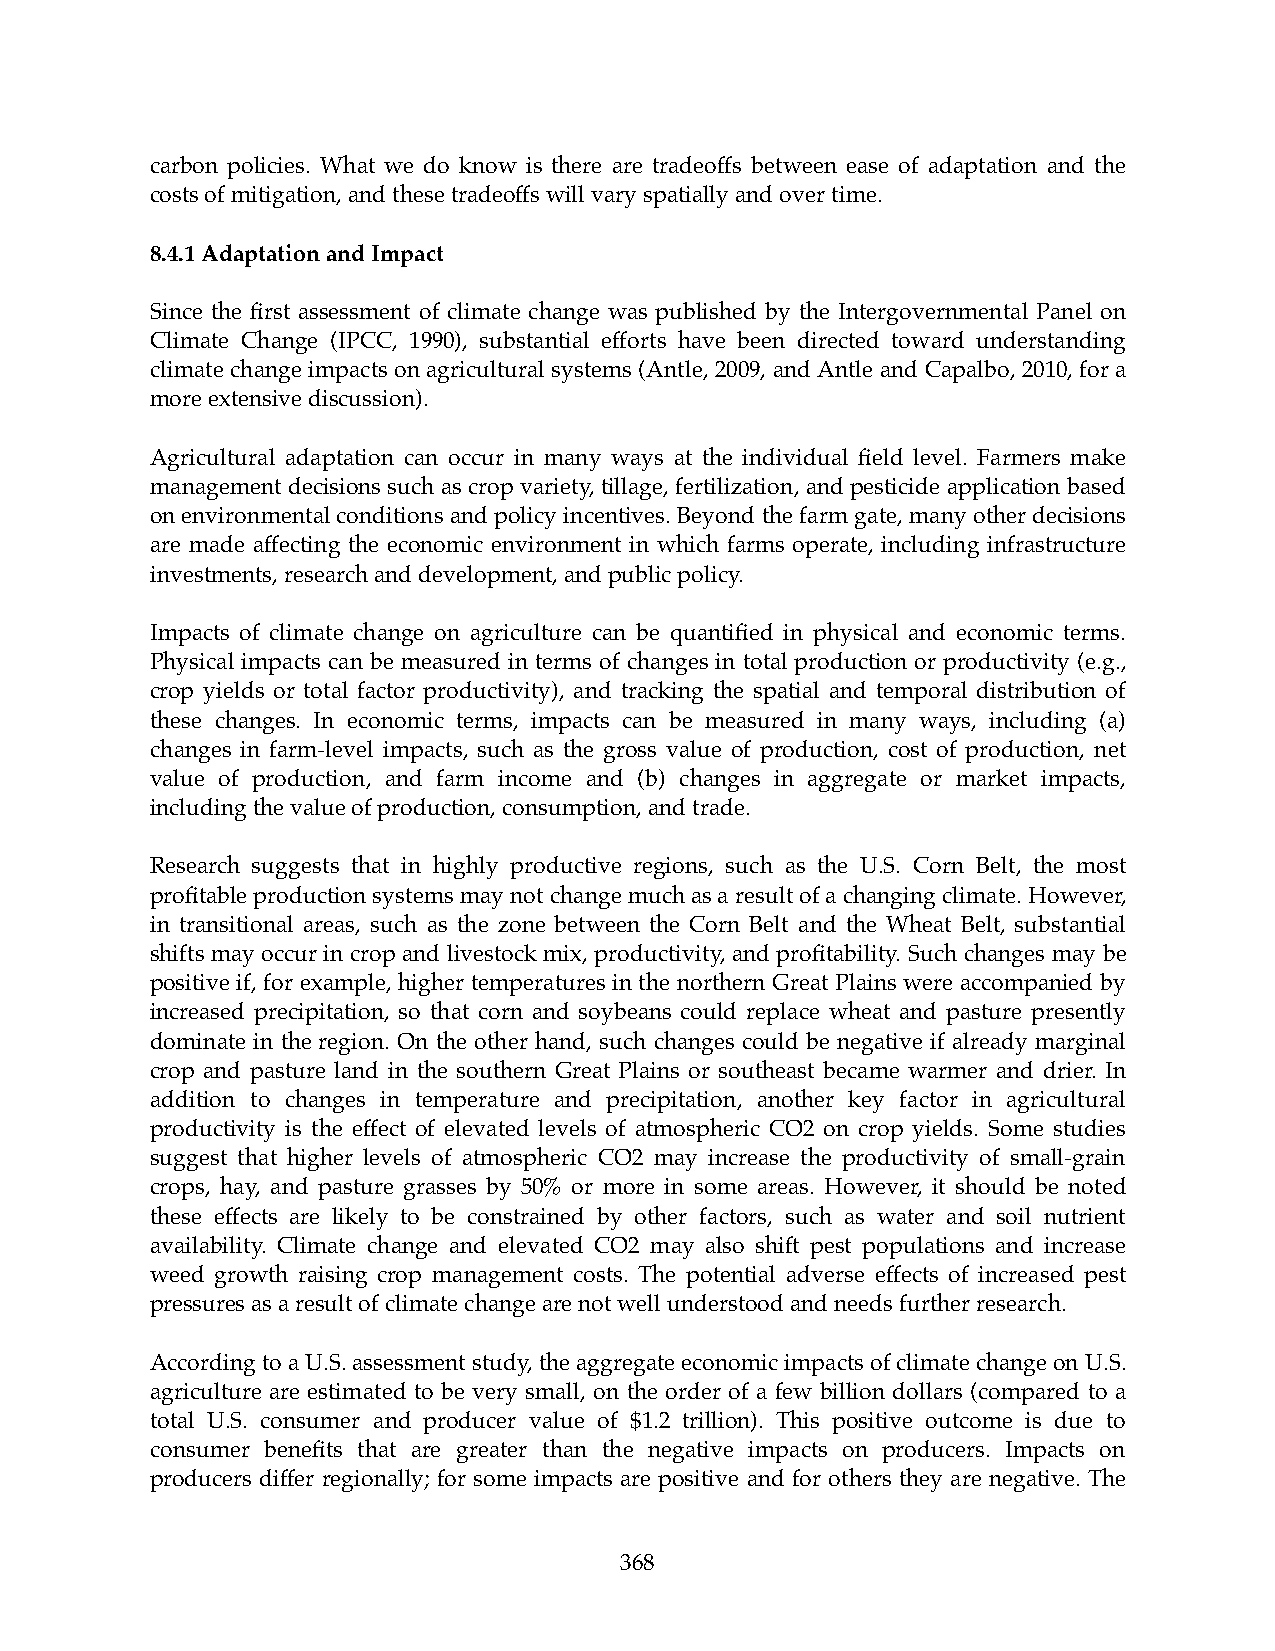
carbon policies. What we do know is there are tradeoffs between ease of adaptation and the
 costs of mitigation, and these tradeoffs will vary spatially and over time.
 8.4.1 Adaptation and Impact
 Since the first assessment of climate change was published by the Intergovernmental Panel on
 Climate Change (IPCC, 1990), substantial efforts have been directed toward understanding
 climate change impacts on agricultural systems (Antle, 2009, and Antle and Capalbo, 2010, for a
 more extensive discussion).
 Agricultural adaptation can occur in many ways at the individual field level. Farmers make
 management decisions such as crop variety, tillage, fertilization, and pesticide application based
 on environmental conditions and policy incentives. Beyond the farm gate, many other decisions
 are made affecting the economic environment in which farms operate, including infrastructure
 investments, research and development, and public policy.
 Impacts of climate change on agriculture can be quantified in physical and economic terms.
 Physical impacts can be measured in terms of changes in total production or productivity (e.g.,
 crop yields or total factor productivity), and tracking the spatial and temporal distribution of
 these changes. In economic terms, impacts can be measured in many ways, including (a)
 changes in farm-level impacts, such as the gross value of production, cost of production, net
 value of production, and farm income and (b) changes in aggregate or market impacts,
 including the value of production, consumption, and trade.
 Research suggests that in highly productive regions, such as the U.S. Corn Belt, the most
 profitable production systems may not change much as a result of a changing climate. However,
 in transitional areas, such as the zone between the Corn Belt and the Wheat Belt, substantial
 shifts may occur in crop and livestock mix, productivity, and profitability. Such changes may be
 positive if, for example, higher temperatures in the northern Great Plains were accompanied by
 increased precipitation, so that corn and soybeans could replace wheat and pasture presently
 dominate in the region. On the other hand, such changes could be negative if already marginal
 crop and pasture land in the southern Great Plains or southeast became warmer and drier. In
 addition to changes in temperature and precipitation, another key factor in agricultural
 productivity is the effect of elevated levels of atmospheric CO2 on crop yields. Some studies
 suggest that higher levels of atmospheric CO2 may increase the productivity of small-grain
 crops, hay, and pasture grasses by 50% or more in some areas. However, it should be noted
 these effects are likely to be constrained by other factors, such as water and soil nutrient
 availability. Climate change and elevated CO2 may also shift pest populations and increase
 weed growth raising crop management costs. The potential adverse effects of increased pest
 pressures as a result of climate change are not well understood and needs further research.
 According to a U.S. assessment study, the aggregate economic impacts of climate change on U.S.
 agriculture are estimated to be very small, on the order of a few billion dollars (compared to a
 total U.S. consumer and producer value of $1.2 trillion). This positive outcome is due to
 consumer benefits that are greater than the negative impacts on producers. Impacts on
 producers differ regionally; for some impacts are positive and for others they are negative. The
 368